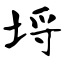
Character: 埒